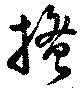
掻